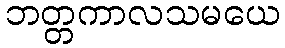
ဘတ္တကာလသမယေ